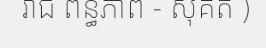
រាជ ពន្ធភាព - សុគត )